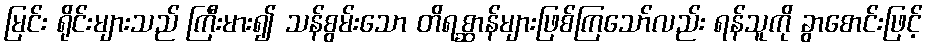
မြင်း ရိုင်းများသည် ကြီးမား၍ သန်စွမ်းသော တိရစ္ဆာန်များဖြစ်ကြသော်လည်း ရန်သူကို ခွာစောင်းဖြင့်